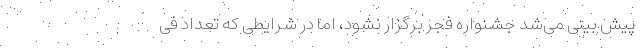
پیش بینی می‌شد جشنواره فجر برگزار نشود، اما در شرایطی که تعداد فی